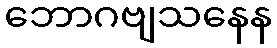
ဘောဂဗျသနေန